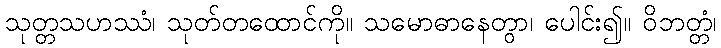
သုတ္တသဟဿံ၊ သုတ်တထောင်ကို။ သမောဓာနေတွာ၊ ပေါင်း၍။ ဝိဘတ္တံ၊